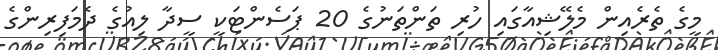
މީގެ ތެރެއިން މެލޭޝިއާގައި ހުރި ތަންތަނުގެ 20 ޕަސެންޓަކީ ސީދާ ލިއުގެ ދެމަފިރިންގެ